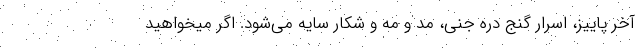
آخر پاییز، اسرار گنج دره جنی، مد و مه و شکار سایه می‌شود. اگر میخواهید